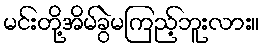
မင်းတို့အိမ်ခွဲမကြည့်ဘူးလား။